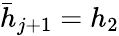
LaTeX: \bar{h}_{j+1}=h_{2}